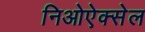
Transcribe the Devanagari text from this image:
निओऐक्सेल